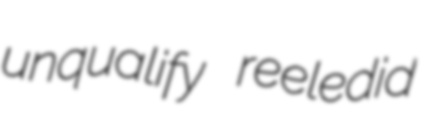
unqualify reeledid